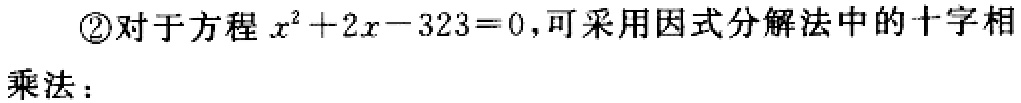
\textcircled{2}对于方程\(x^{2}+2x - 323 = 0\)，可采用因式分解法中的十字相乘法：